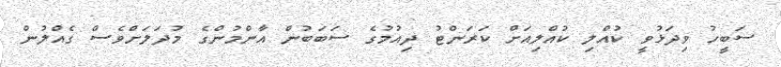
ސަބީހު ވިދަޅުވީ ކުއްލި ކުއްލިއަށް ކަރަންޓު ދިއުމުގެ ސަބަބުން އާންމުންގެ މުދަލަށްވެސް ގެއްލުން